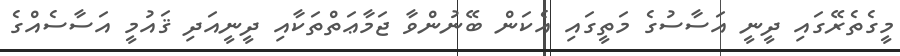
މީގެތެރޭގައި ދީނީ އަސާސުގެ މަތީގައި އެކަން ބޭނުންވާ ޖަމާޢަތްތަކާއި ދީނީއަދި ޤައުމީ އަސާސެއްގެ